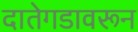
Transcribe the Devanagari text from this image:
दातेगडावरून